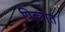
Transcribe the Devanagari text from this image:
पिढ्यांत